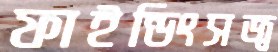
ফাইন্ডিংসজ্ব